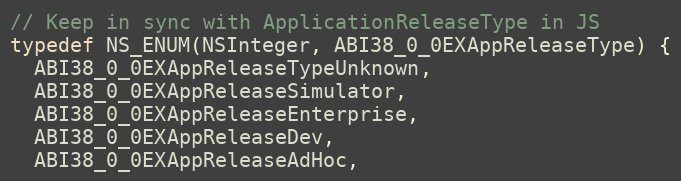
Language: C
// Keep in sync with ApplicationReleaseType in JS
typedef NS_ENUM(NSInteger, ABI38_0_0EXAppReleaseType) {
  ABI38_0_0EXAppReleaseTypeUnknown,
  ABI38_0_0EXAppReleaseSimulator,
  ABI38_0_0EXAppReleaseEnterprise,
  ABI38_0_0EXAppReleaseDev,
  ABI38_0_0EXAppReleaseAdHoc,